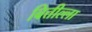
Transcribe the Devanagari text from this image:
बित्तील्ला